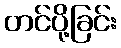
တင်ပို့ခြင်း